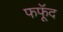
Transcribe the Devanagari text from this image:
फफूॅद